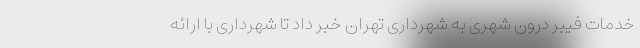
خدمات فیبر درون شهری به شهرداری تهران خبر داد تا شهرداری با ارائه